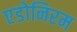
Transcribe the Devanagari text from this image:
एडोनिरम